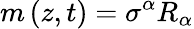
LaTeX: m\left(z,t\right)=\sigma^{\alpha}R_{\alpha}